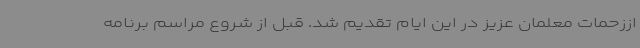
اززحمات معلمان عزیز در این ایام تقدیم شد. قبل از شروع مراسم برنامه